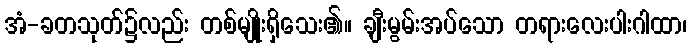
အံ-ခတသုတ်၌လည်း တစ်မျိုးရှိသေး၏။ ချီးမွမ်းအပ်သော တရားလေးပါးဂါထာ၊